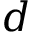
d